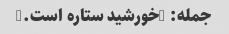
جمله: "خورشید ستاره است."